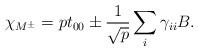
LaTeX: \begin{align*}\chi_{M^{\pm}} = {\displaystyle pt_{00} \pm \frac{1}{\sqrt{p}}\sum_{i} \gamma_{ii} B.}\end{align*}